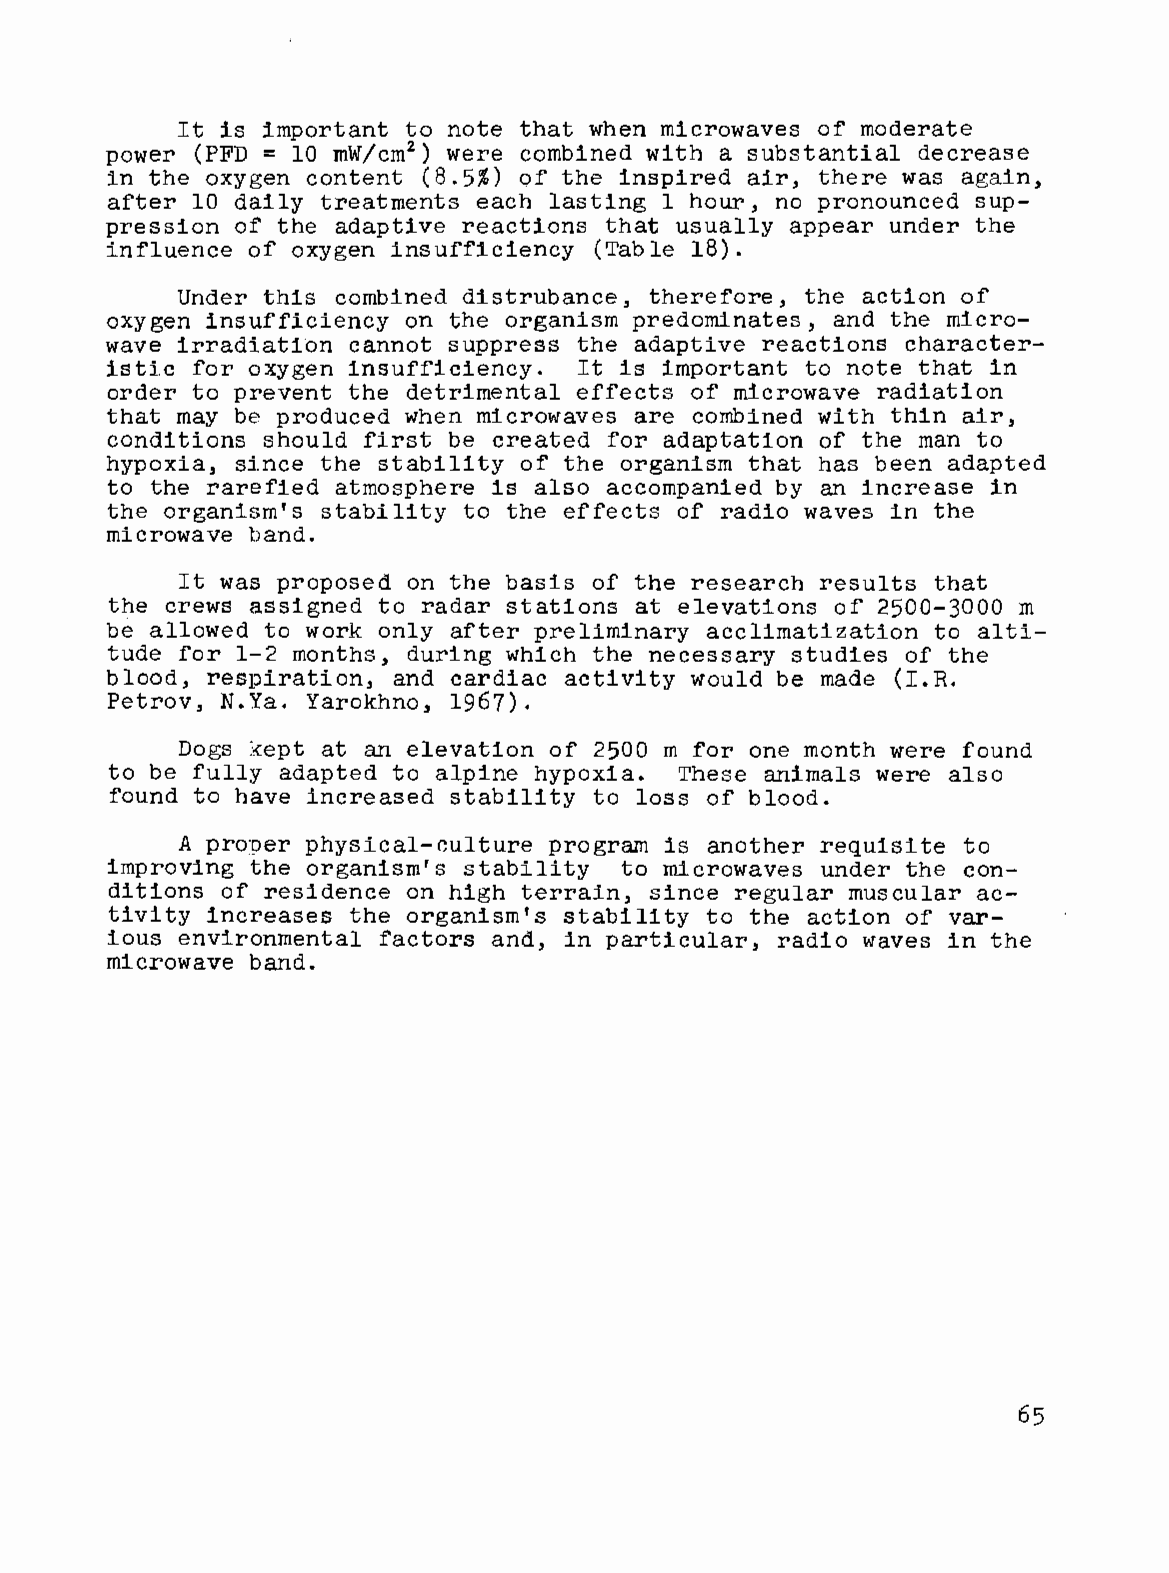
It is important to note that when microwaves of moderate
 power (PFD = 10 mW/cm2) were combined with a substantial decrease
 in the oxygen content (8.5%) of the inspired air, there was again,
 after 10 daily treatments each lasting 1 hour, no pronounced sup
 pression of the adaptive reactions that usually appear under the
 influence of oxygen insufficiency (Table 18).
 Under this combined dlstrubance, therefore, the action of
 oxygen insufficiency on the organism predominates, and the micro
 wave irradiation cannot suppress the adaptive reactions character
 istic for oxygen insufficiency. It is important to note that in
 order to prevent the detrimental effects of microwave radiation
 that may be produced when microwaves are combined with thin air,
 conditions should first be created for adaptation of the man to
 hypoxia, since the stability of the organism that has been adapted
 to the rarefied atmosphere is also accompanied by an increase in
 the organism's stability to the effects of radio waves in the
 microwave band.
 It was proposed on the basis of the research results that
 the crews assigned to radar stations at elevations of 2500-3000 m
 be allowed to work only after preliminary acclimatization to alti
 tude for 1--2 months, during which the necessary studies of the
 blood, respiration, and cardiac activity would be made (I.R.
 Petrov, N.Ya. Yarokhno, 1967).
 Dogs kept at an elevation of 2500 m for one month were found
 to be fully adapted to alpine hypoxia. These animals were also
 found to have increased stability to loss of blood.
 A proper physical-culture program is another requisite to
 improving the organism's stability to microwaves under the con
 ditions of residence on high terrain, since regular muscular ac
 tivity increases the organism's stability to the action of var
 ious environmental factors and, in particular, radio waves in the
 microwave band.
 65